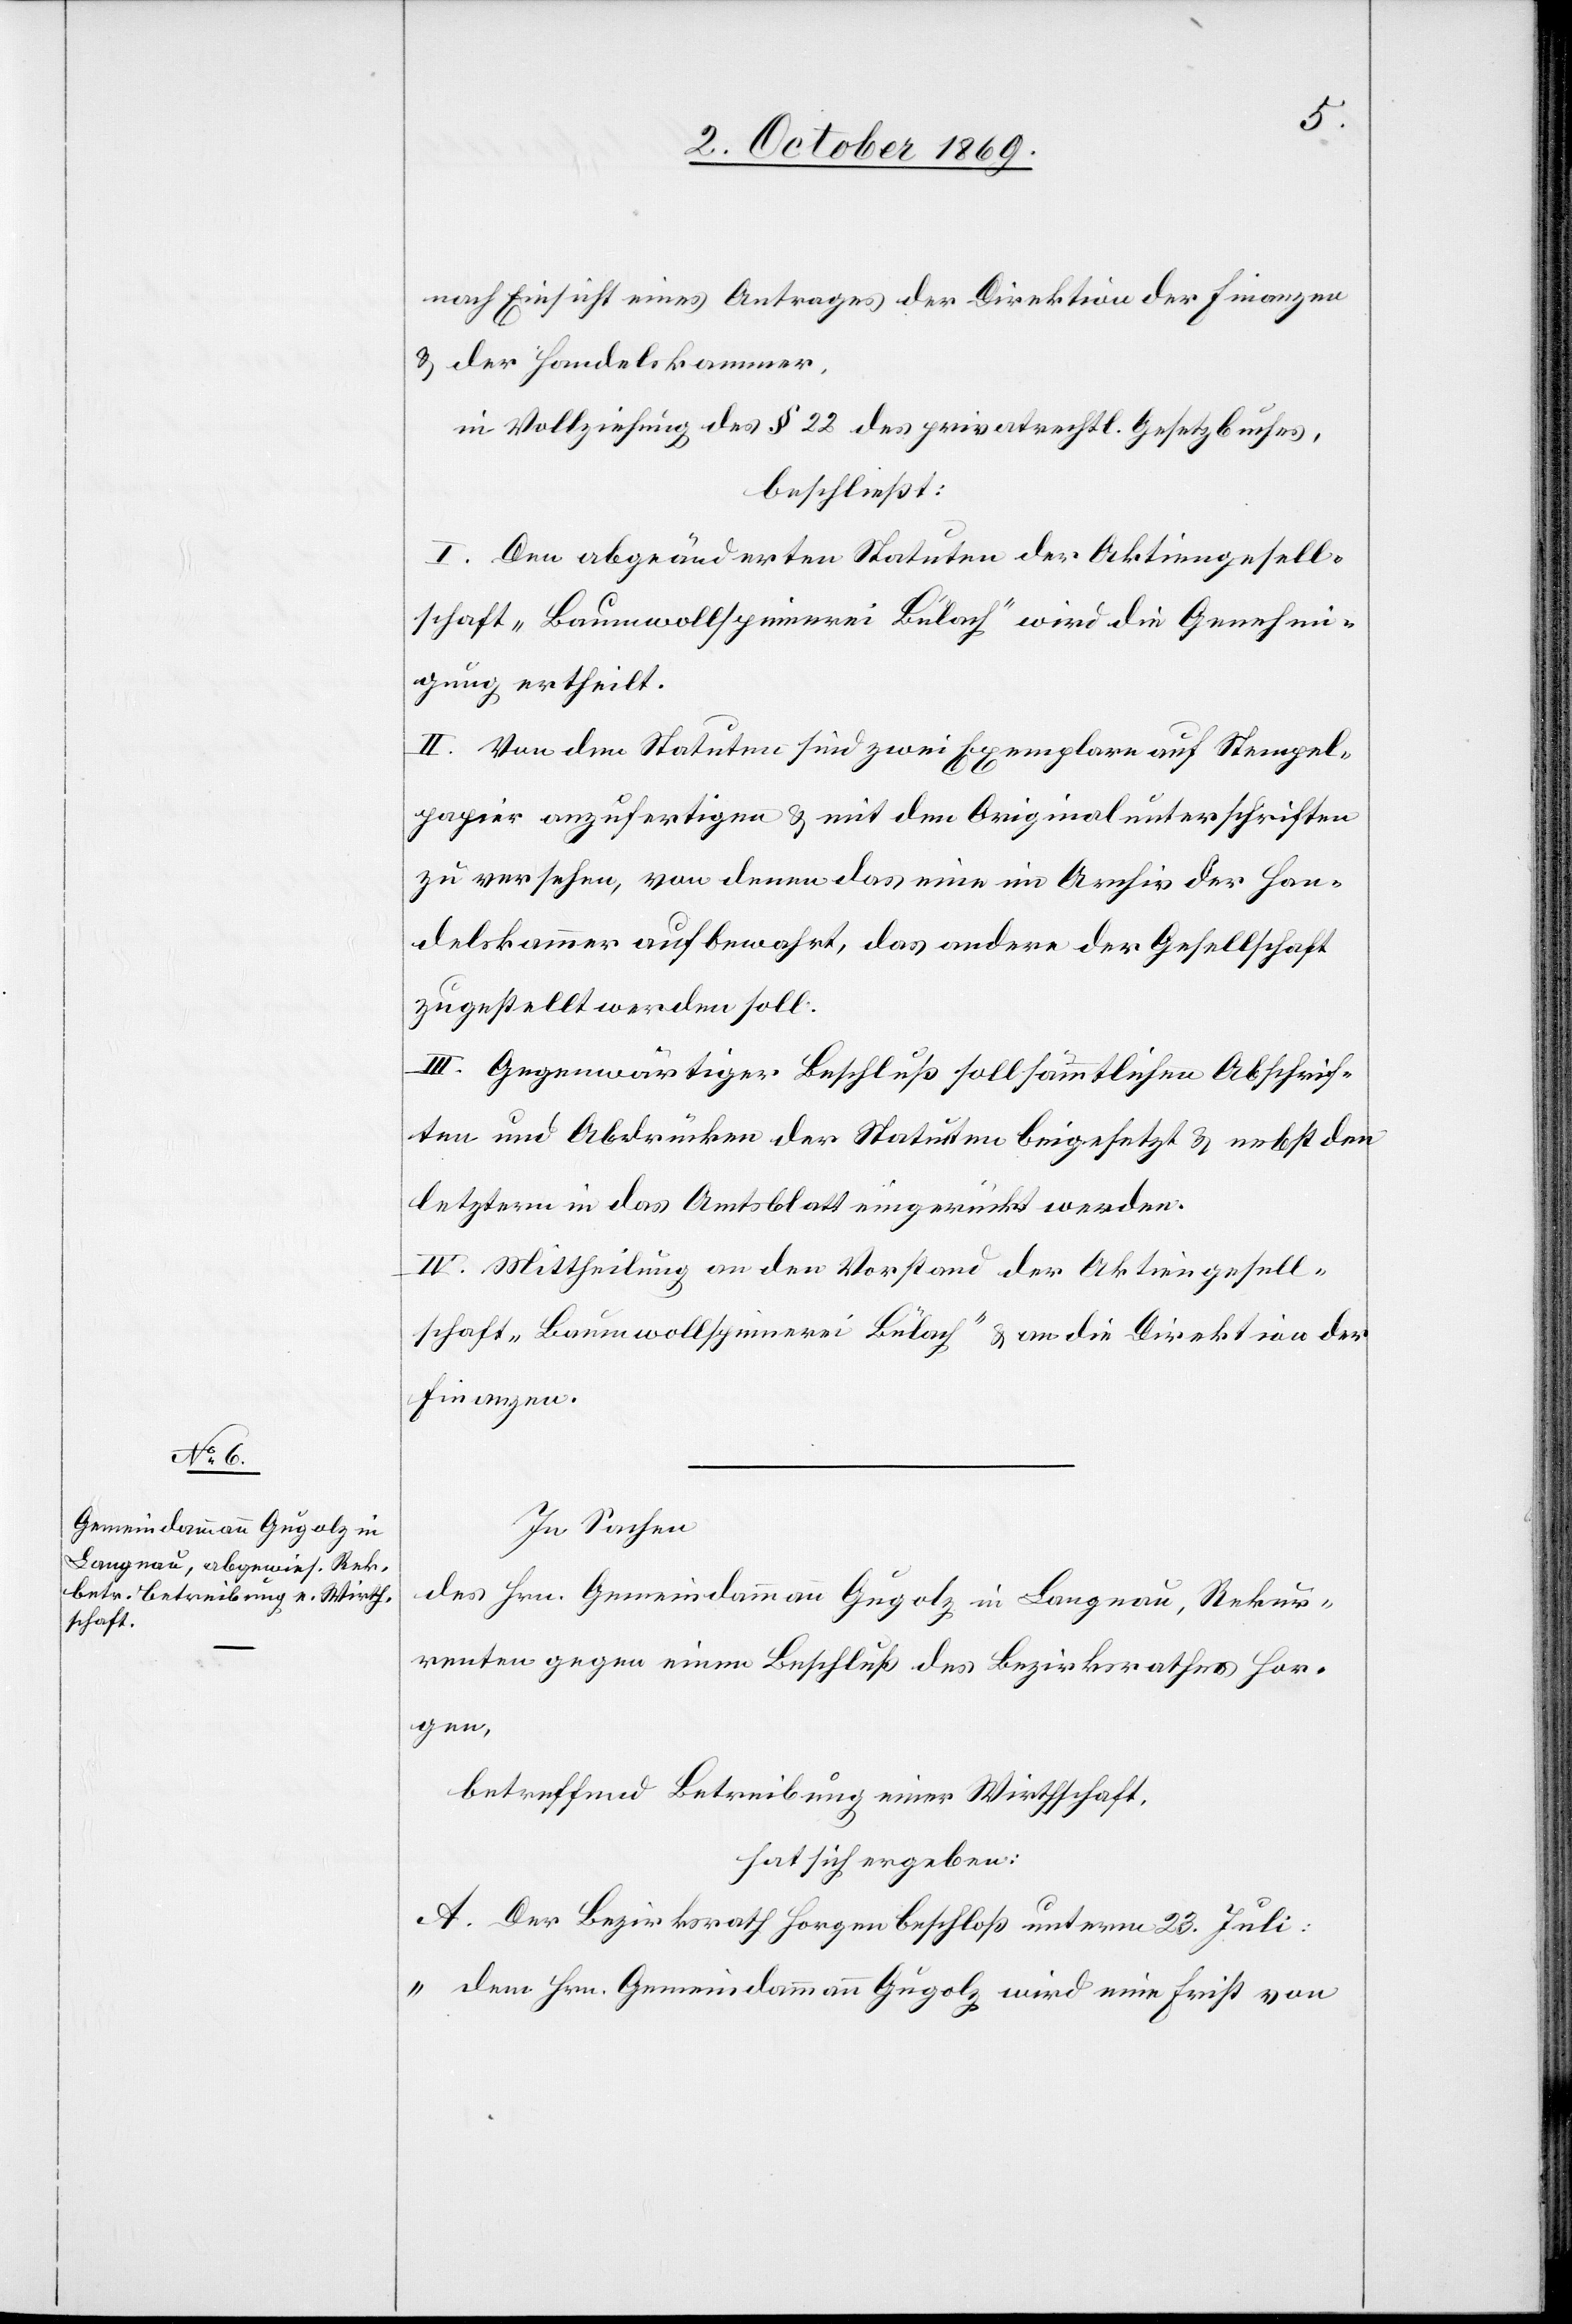
nach Einsicht eines Antrages der Direktion der Finanzen
& der Handelskammer,
in Vollziehung des § 22 des privatrechtl. Gesetzbuches,
beschließt:
I. Den abgeänderten Statuten der Aktiengesell¬
schaft „Baumwollspinnerei Bülach“ wird die Genehmi¬
gung ertheilt.
II. Von den Statuten sind zwei Exemplare auf Stempel¬
papier anzufertigen & mit den Originalunterschriften
zu versehen, von denen das eine im Archiv der Han¬
delskammer aufbewahrt, das andere der Gesellschaft
zugestellt werden soll.
III. Gegenwärtiger Beschluß soll sämmtlichen Abschrif¬
ten und Abdrücken der Statuten beigesetzt & nebst den
letztern in das Amtsblatt eingerückt werden.
IV. Mittheilung an den Vorstand der Aktiengesell¬
schaft „Baumwollspinnerei Bülach“ & an die Direktion der
Finanzen.
In Sachen
des Hrn. Gemeindammann Gugolz in Langnau, Rekur¬
renten gegen einen Beschluß des Bezirksrathes Hor¬
gen,
betreffend Betreibung einer Wirthschaft,
hat sich ergeben:
A. Der Bezirksrath Horgen beschloß unterm 23. Juli:
„Dem Hrn. Gemeindammann Gugolz wird eine Frist von